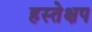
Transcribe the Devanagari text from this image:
हस्तेक्षप